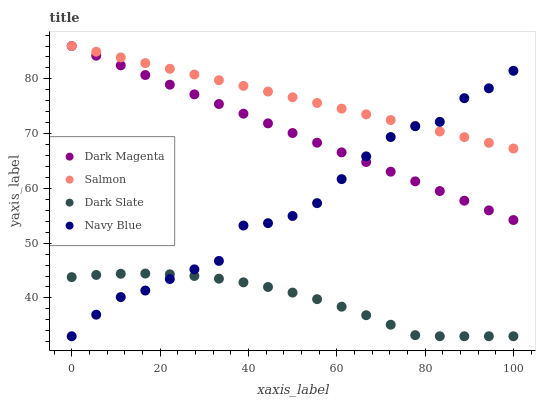
| xaxis_label | Dark Magenta | Salmon | Dark Slate | Navy Blue |
 | --- | --- | --- | --- | --- |
 | 0 | 86 | 86 | 43.8 | 33 |
 | 5.56 | 84.2 | 85 | 44.2 | 36.9 |
 | 11.1 | 82.5 | 83.9 | 44.4 | 40.2 |
 | 16.7 | 80.7 | 82.9 | 44.5 | 41.3 |
 | 22.2 | 78.9 | 81.8 | 44.3 | 43.4 |
 | 27.8 | 77.2 | 80.8 | 44 | 45.2 |
 | 33.3 | 75.4 | 79.8 | 43.5 | 46.8 |
 | 38.9 | 73.6 | 78.7 | 42.8 | 53.2 |
 | 44.4 | 71.9 | 77.7 | 42 | 53.7 |
 | 50 | 70.1 | 76.6 | 41 | 55 |
 | 55.6 | 68.3 | 75.6 | 39.8 | 57.3 |
 | 61.1 | 66.6 | 74.6 | 38.4 | 61.7 |
 | 66.7 | 64.8 | 73.5 | 36.8 | 65.9 |
 | 72.2 | 63 | 72.5 | 35.1 | 69.4 |
 | 77.8 | 61.3 | 71.4 | 33.2 | 71.4 |
 | 83.3 | 59.5 | 70.4 | 33 | 72.2 |
 | 88.9 | 57.8 | 69.4 | 33 | 76.5 |
 | 94.4 | 56 | 68.3 | 33 | 78.3 |
 | 100 | 54.2 | 67.3 | 33 | 81.5 |